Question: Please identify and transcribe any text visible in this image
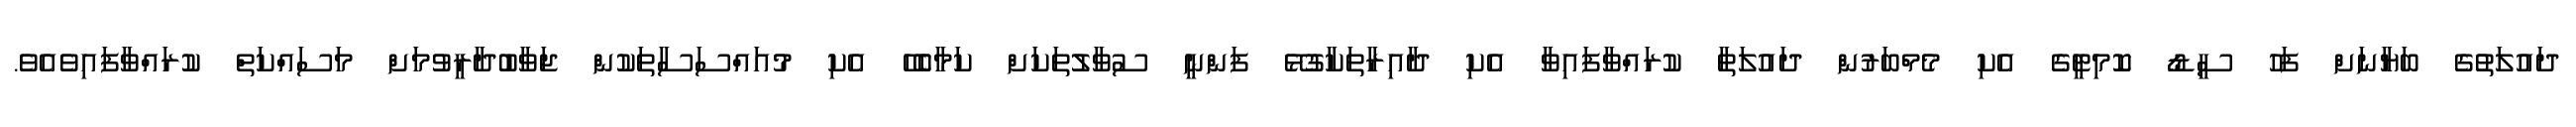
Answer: ދައުލަތުގެ ބަޔާނަށް ފަހު ސީޑޯ ކޮމިޓީގެ އެކި މެމްބަރުން ދައުލަތާ ކުރައްވާފައިވާ އެކި ދާއިރާތަކާގުޅޭ ފަންނީ ސުވާލުތަކަށް ކަމާބެހޭ އެކި މުއައްސަސާތަކުން ޖަވާބުދާރީވުމަށް މަސައްކަތް ކުރައްވާފައިވެއެވެ.